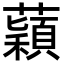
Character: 蘔